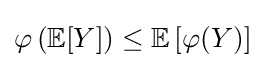
\varphi \left(\mathbb {E} [Y]\right)\leq \mathbb {E} \left[\varphi (Y)\right]